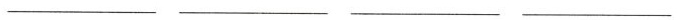
___ ___ ___ ___